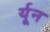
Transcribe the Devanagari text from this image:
र्यून